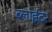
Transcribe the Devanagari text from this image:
ब्लाईटर